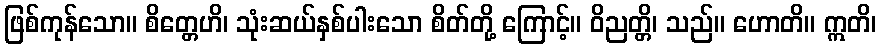
ဖြစ်ကုန်သော။ စိတ္တေဟိ၊ သုံးဆယ်နှစ်ပါးသော စိတ်တို့ ကြောင့်။ ဝိညတ္တိ၊ သည်။ ဟောတိ။ ဣတိ၊